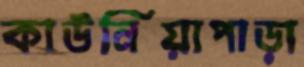
কাউনিয়াপাড়া